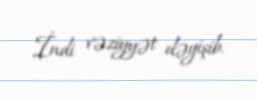
İndi vəziyyət dəyişib.